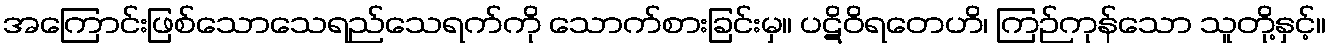
အကြောင်းဖြစ်သောသေရည်သေရက်ကို သောက်စားခြင်းမှ။ ပဋိဝိရတေဟိ၊ ကြဉ်ကုန်သော သူတို့နှင့်။